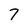
Character: 7